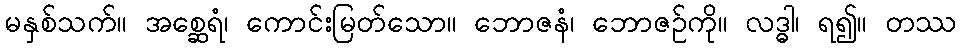
မနှစ်သက်။ အစ္ဆေရံ၊ ကောင်းမြတ်သော။ ဘောဇနံ၊ ဘောဇဉ်ကို။ လဒ္ဓါ၊ ရ၍။ တဿ